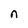
Character: n